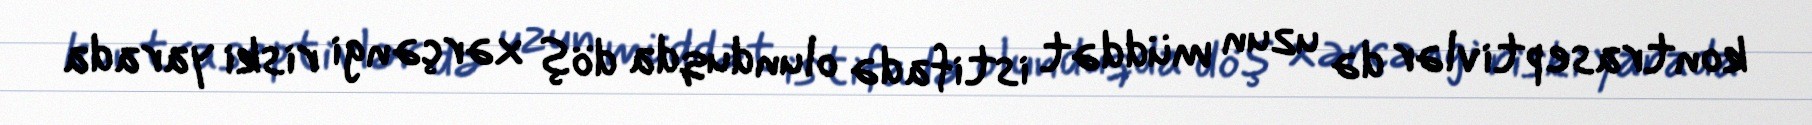
kontraseptivlər də uzun müddət istifadə olunduqda döş xərçəngi riski yarada